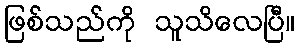
ဖြစ်သည်ကို သူသိလေပြီ။